Annual report of the Punjab Veterinary College and of the Civil Veterinary Department, Punjab - 1926-1932
Year: 1926
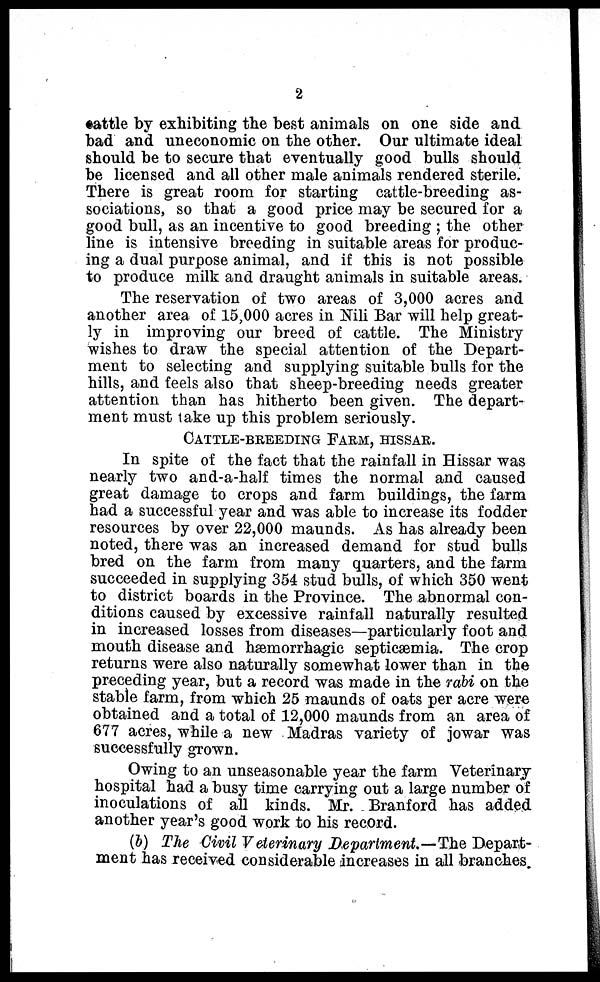
2
cattle by exhibiting the best animals on one side and
bad and uneconomic on the other. Our ultimate ideal
should be to secure that eventually good bulls should
be licensed and all other male animals rendered sterile.
There is great room for starting cattle-breeding as-
sociations, so that a good price may be secured for a
good bull, as an incentive to good breeding; the other
line is intensive breeding in suitable areas for produc-
ing a dual purpose animal, and if this is not possible
to produce milk and draught animals in suitable areas.
The reservation of two areas of 3,000 acres and
another area of 15,000 acres in Nili Bar will help great-
ly in improving our breed of cattle. The Ministry
wishes to draw the special attention of the Depart-
ment to selecting and supplying suitable bulls for the
hills, and feels also that sheep-breeding needs greater
attention than has hitherto been given. The depart-
ment must take up this problem seriously.
CATTLE-BREEDING FARM, HISSAR.
In spite of the fact that the rainfall in Hissar was
nearly two and-a-half times the normal and caused
great damage to crops and farm buildings, the farm
had a successful year and was able to increase its fodder
resources by over 22,000 maunds. As has already been
noted, there was an increased demand for stud bulls
bred on the farm from many quarters, and the farm
succeeded in supplying 354 stud bulls, of which 350 went
to district boards in the Province. The abnormal con-
ditions caused by excessive rainfall naturally resulted
in increased losses from diseases—particularly foot and
mouth disease and hæmorrhagic septicæmia. The crop
returns were also naturally somewhat lower than in the
preceding year, but a record was made in the rabi on the
stable farm, from which 25 maunds of oats per acre were
obtained and a total of 12,000 maunds from an area of
677 acres, while a new Madras variety of jowar was
successfully grown.
Owing to an unseasonable year the farm Veterinary
hospital had a busy time carrying out a large number of
inoculations of all kinds. Mr. Branford has added
another year's good work to his record.
(b) The Civil Veterinary Department.—The Depart-
ment has received considerable increases in all branches.